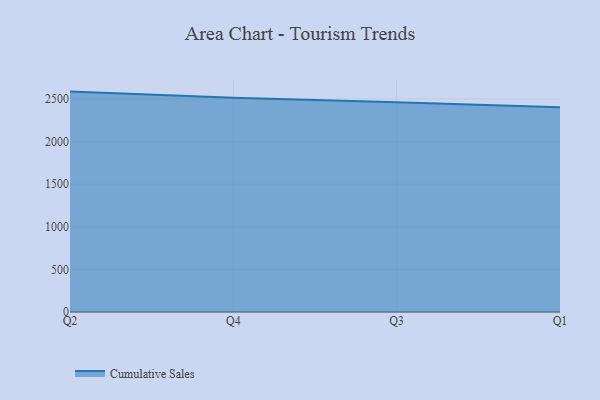
{"axis": {"x": "Quarter", "y": "Customer Acquisition Cost (USD)"}, "legend": ["Cumulative Sales"], "data": [{"x": "Q2", "y": 2586.1, "type": "Cumulative Sales"}, {"x": "Q4", "y": 2513.1, "type": "Cumulative Sales"}, {"x": "Q3", "y": 2460.4, "type": "Cumulative Sales"}, {"x": "Q1", "y": 2403.7, "type": "Cumulative Sales"}]}